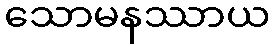
သောမနဿာယ